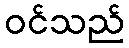
ဝင်သည်